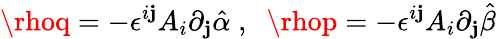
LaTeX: \rhoq=-\epsilon^{i\mathbf{j}}A_{i}\partial_{\mathbf{j}}\hat{{\alpha}}\; ,\; \; \rhop=-\epsilon^{i\mathbf{j}}A_{i}\partial_{\mathbf{j}}\hat{{\beta}}